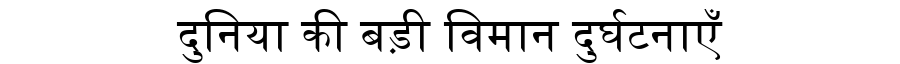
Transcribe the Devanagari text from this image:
दुनिया की बड़ी विमान दुर्घटनाएँ